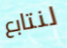
لنتابع